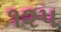
૧૨૫